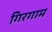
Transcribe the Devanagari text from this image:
गिरगाम